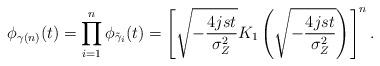
LaTeX: \begin{align*}\phi_{\gamma(n)}(t) &= \prod_{i=1}^{n} \phi_{\tilde{\gamma}_i}(t) = \left[ \sqrt{-\frac{4jst}{\sigma_{Z}^2}} K_{1}\left( \sqrt{-\frac{4jst}{\sigma_{Z}^2}} \right) \right]^n.\end{align*}